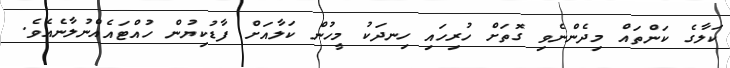
ކަލާގެ ކަންތައް މިދެންނެވި ގޮތަށް ހުރިހައި ހިނދަކު މީހުން ކަލާއަށް ފާޑުކިޔުން ހުއްޓައެއްނުލާނެއެވެ.